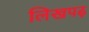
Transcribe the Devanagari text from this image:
लिखपढ़